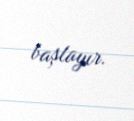
başlayır.